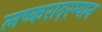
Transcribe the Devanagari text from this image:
लष्करादरम्यान